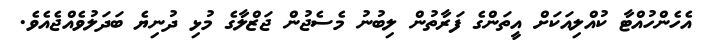
އެހެންހުއްޓާ ކުއްލިއަކަށް އީތަންގެ ފަރާތުން ލިބުނު މެސެޖުން ޖަޒްލާގެ މުޅި ދުނިޔެ ބަދަލުވެއްޖެއެވެ.